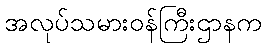
အလုပ်သမားဝန်ကြီးဌာနက